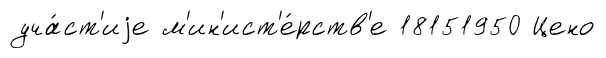
уча́ст'иjе м'ин'ист'е́рств'е 18151950 Цено